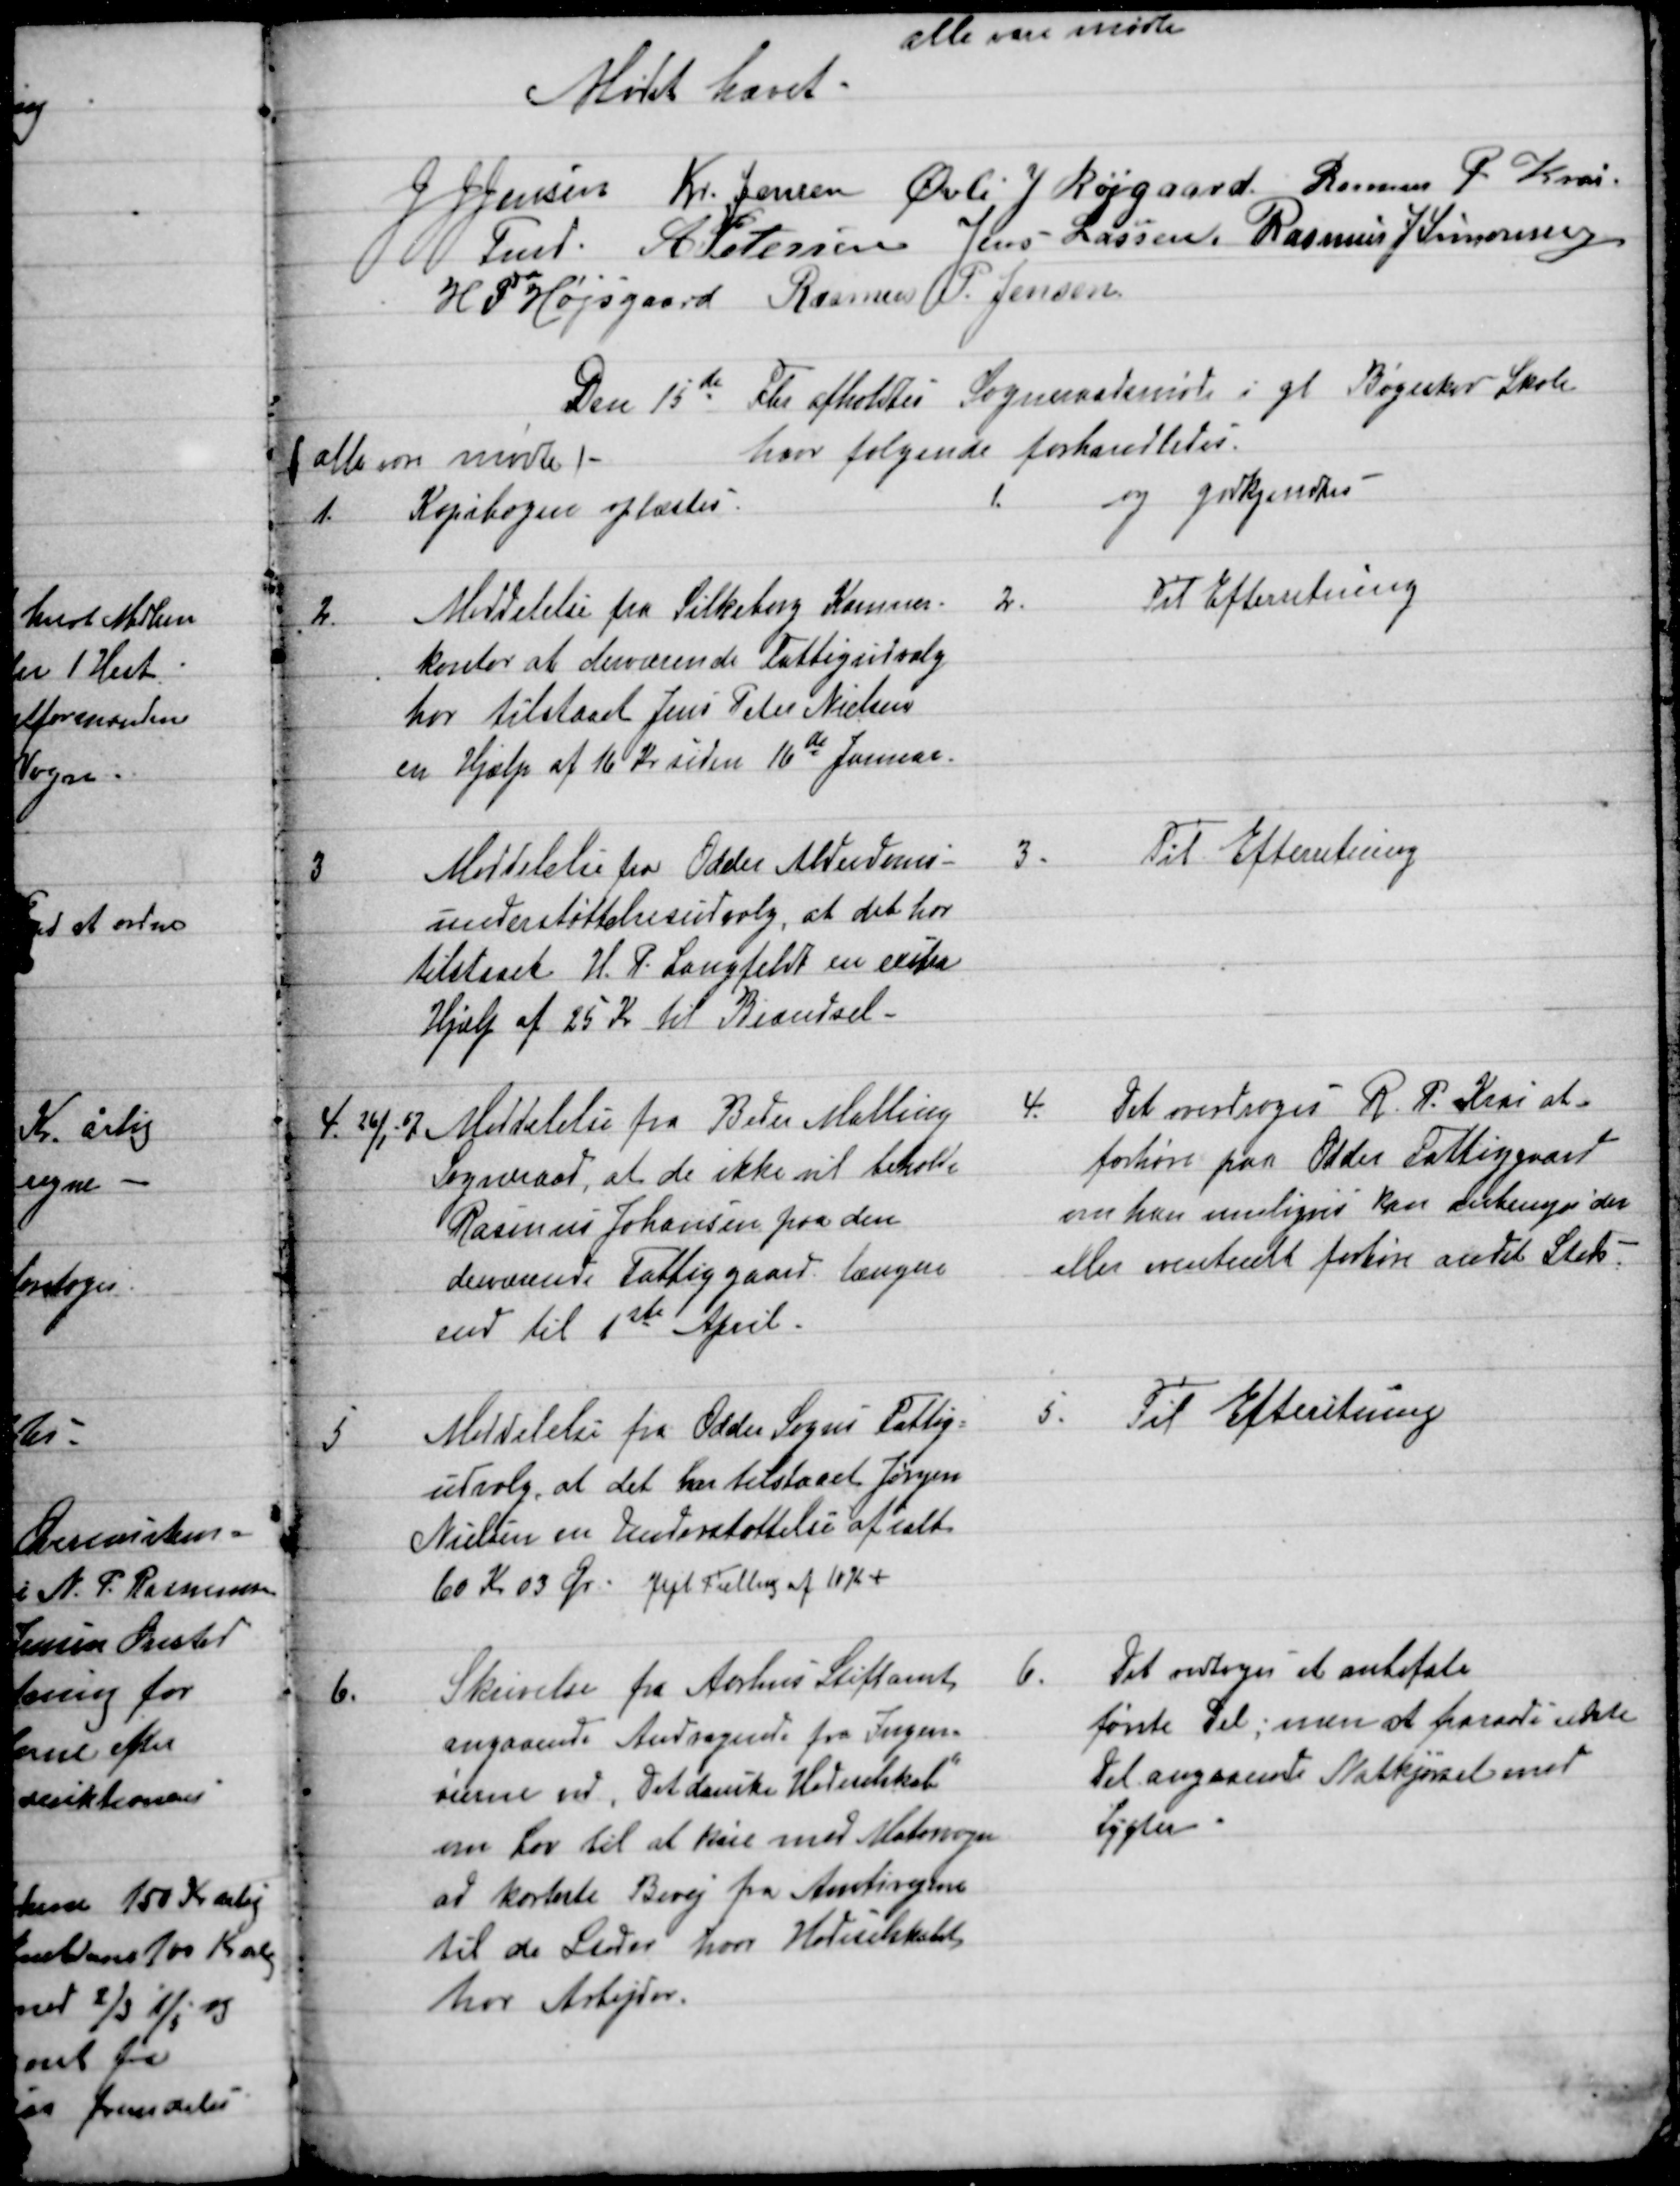
Transskription:
alle vare mødte
Mødet hævet.
J J Jensen  
Fmd.  
Kr. Jensen  Øvli J Røjgaard.  Rasmus P. Krai
A Petersen  Jens Lassen.  Rasmus J Simonsen
H. P. Højsgaard  Rasmus P. Jensen.
Den 15de Fbr afholdtes Sogneraadsmøde i gl Bøgeskov Skole
hvor følgende forhandledes.
(alle vare mødte)
1.
Kopibogen oplæstes.
1.
og godkjendtes
2.
Meddelelse fra Silkeborg Kæmner-
kontor at derværende Fattigudvalg
har tilstaaet Jens Peter Nielsen
en Hjælp af 16 Kr siden 16de Januar.
2.
Til Efterretning
3
Meddelelse fra Odder Alderdoms-
understøttelsesudvalg, at det har
tilstaaet H. P. Langfeldt en exstra
Hjælp af 25 Kr til Brændsel - 
3.
Til efterretning
4. 26/1-07 Meddelelse fra Beder Malling
Sogneraad, at de ikke vil beholde
Rasmus Johansen paa den
derværende Fattiggaard  længere
end til 1ste April.
4.
Det overdroges R. P. Krai at
forhøre paa Odder Fattiggaard
om han muligvis kan anbringes der
eller eventuelt forhøre andet Steds.
5
Meddelelse fra Odder Sogns Fattig=
udvalg, at det har tilstaaet Jørgen
Nielsen en Understøttelse af ialt
60 Kr 03 Øre - fejl Tælling af 10 Kr +
5.
Til Efterretning
6.
Skrivelse fra Aarhus Stiftamt,
angaaende Andragende fra Ingen=
rierne ved, Det danske Hedeselskab"
om Lov til at køre med Motorvogn
ad korteste Bivej fra Amtsvejene
til de Steder hvor Hedeselskabet
har Arbejder.
6.
Det vedtoges at anbefale
første Del; men at fraraade sidste
Del angaaende Natkjørsel med
Lygter.